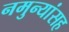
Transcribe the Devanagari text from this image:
नमुन्यांसह